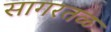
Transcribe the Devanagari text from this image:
सागरतळ